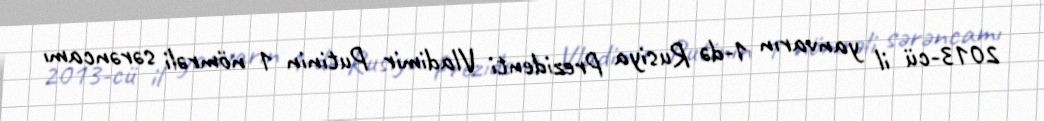
2013-cü il yanvarın 1-də Rusiya Prezidenti Vladimir Putinin 1 nömrəli sərəncamı